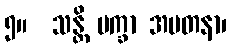
၅။  သန္တိ ပက္ခာ အပတနာ၊